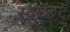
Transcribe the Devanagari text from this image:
स्वच्छद